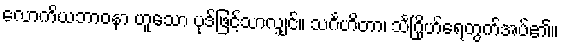
လောကိယဘာဝနာ ဟူသော ပုဒ်ဖြင့်သာလျှင်။ သင်္ဂဟိတာ၊ သင်္ဂြိုဟ်ရေတွက်အပ်၏။